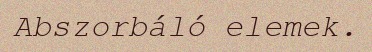
Abszorbáló elemek.